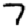
Digit: 7